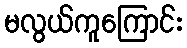
မလွယ်ကူကြောင်း